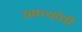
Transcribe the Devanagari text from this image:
खाच्यांशी